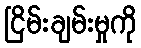
ငြိမ်းချမ်းမှုကို